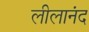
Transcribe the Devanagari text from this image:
लीलानंद